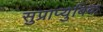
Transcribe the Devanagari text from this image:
सुप्राप्युबिक